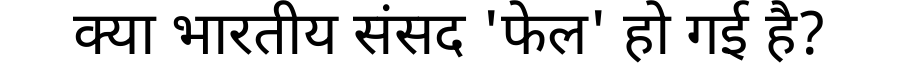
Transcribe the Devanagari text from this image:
क्या भारतीय संसद 'फेल' हो गई है?